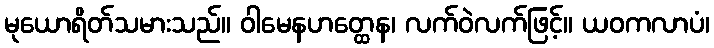
မုယောရိတ်သမားသည်။ ဝါမေနဟတ္ထေန၊ လက်ဝဲလက်ဖြင့်။ ယဝကလာပံ၊